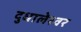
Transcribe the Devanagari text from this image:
दुधालेश्‍वर